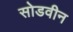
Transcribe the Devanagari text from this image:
सोडवीन